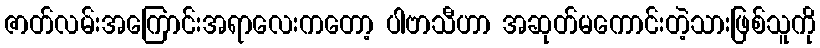
ဇာတ်လမ်းအကြောင်းအရာလေးကတော့ ပါဗာသီဟာ အဆုတ်မကောင်းတဲ့သားဖြစ်သူကို